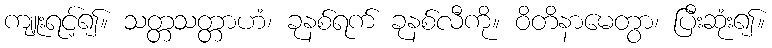
ကျူးရင့်၍။ သတ္တသတ္တာဟံ၊ ခုနစ်ရက် ခုနစ်လီကို။ ဝိတိနာမေတွာ၊ ပြီးဆုံး၍။